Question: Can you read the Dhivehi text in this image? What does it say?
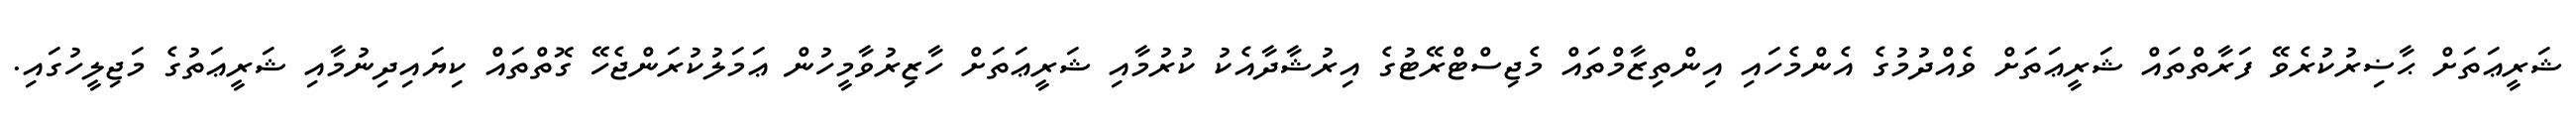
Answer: ޝަރީޢަތަށް ޙާޟިރުކުރެވޭ ފަރާތްތައް ޝަރީޢަތަށް ވެއްދުމުގެ އެންމެހައި އިންތިޒާމްތައް މެޖިސްޓްރޭޓުގެ އިރުޝާދާއެކު ކުރުމާއި ޝަރީޢަތަށް ހާޒިރުވާމީހުން ޢަމަލުކުރަންޖެހޭ ގޮތްތައް ކިޔައިދިނުމާއި ޝަރީޢަތުގެ މަޖިލީހުގައި.